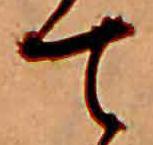
て